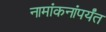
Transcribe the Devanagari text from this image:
नामांकनांपर्यंत